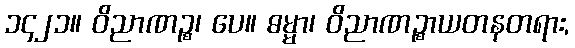
၁၄၂၁။ ဝိညာဏဉ္စ၊ ပေ။ ဓမ္မာ၊ ဝိညာဏဉ္စာယတနတရား,